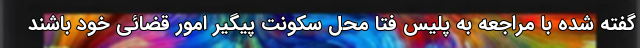
گفته شده با مراجعه به پلیس فتا محل سکونت پیگیر امور قضائی خود باشند